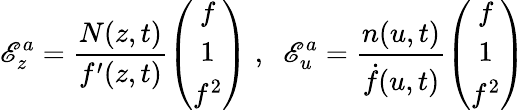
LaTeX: \mathscr{E}_{z}^{a}=\frac{{N(z,t)}}{{f^{\prime}(z,t)}}\left(\begin{array}{c}{{f}}\\ {{1}}\\ {{f^{2}}}\end{array}\right)\; ,\; \; \mathscr{E}_{u}^{a}=\frac{{n(u,t)}}{{\dot{{f}}(u,t)}}\left(\begin{array}{c}{{f}}\\ {{1}}\\ {{f^{2}}}\end{array}\right)